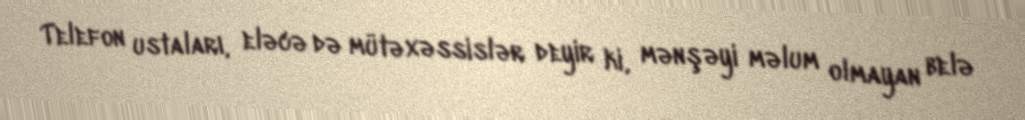
Telefon ustaları, eləcə də mütəxəssislər deyir ki, mənşəyi məlum olmayan belə